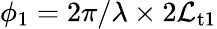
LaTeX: \phi_{1}=2\pi/\lambda\times2\mathcal{L}_{\mathrm{{t1}}}